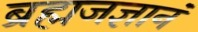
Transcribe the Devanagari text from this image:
ब्रह्मजज्ञानं